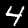
Label: 4